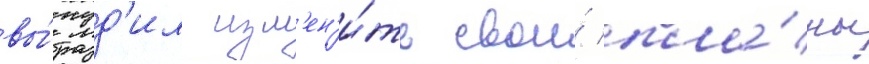
вы́нуд'ил изм'ен'и́ть свои́ пла́ны